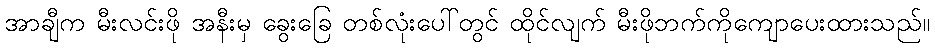
အာချီက မီးလင်းဖို အနီးမှ ခွေးခြေ တစ်လုံးပေါ်တွင် ထိုင်လျက် မီးဖိုဘက်ကိုကျောပေးထားသည်။